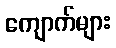
ကျောက်များ